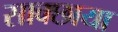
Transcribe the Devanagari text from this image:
साक्छाया